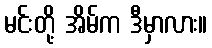
မင်းတို့ အိမ်က ဒီမှာလား။